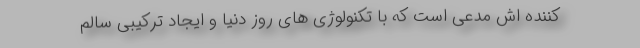
کننده اش مدعی است که با تکنولوژی های روز دنیا و ایجاد ترکیبی سالم